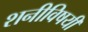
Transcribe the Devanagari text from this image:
शनीविषयी